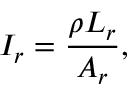
I _ { r } = \frac { \rho L _ { r } } { A _ { r } } ,